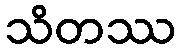
သိတဿ